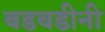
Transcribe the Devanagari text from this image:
बडबडीनी